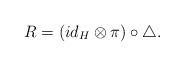
LaTeX: \begin{align*} R=(id_{H}\otimes \pi)\circ \triangle . \end{align*}